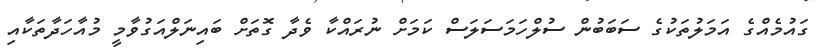
ގައުމެއްގެ އަމަލުތަކުގެ ސަބަބުން ސުލްހަމަސަލަސް ކަމަށް ނުރައްކާ ވެދާ ގޮތަށް ބައިނަލްއަގުވާމީ މުއާހަދާތަކާއި